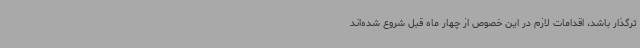
ثرگذار باشد، اقدامات لازم در این خصوص از چهار ماه قبل شروع شده‌اند